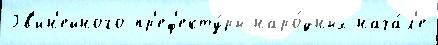
Гв'ин'ейного пр'еф'екту́ры наро́дных нача́л'е